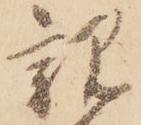
親